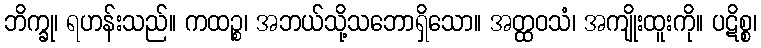
ဘိက္ခု၊ ရဟန်းသည်။ ကထဉ္စ၊ အဘယ်သို့သဘောရှိသော။ အတ္ထဝသံ၊ အကျိုးထူးကို။ ပဋိစ္စ၊